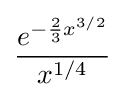
{\frac {e^{-{\frac {2}{3}}x^{3/2}}}{x^{1/4}}}